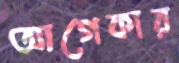
আগেকার